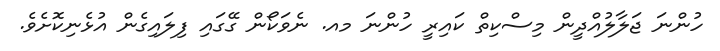
ހުންނަ ޖަލާލުއްދީން މިސްކިތް ކައިރީ ހުންނަ މއ. ނެވަކޯން ގޭގައި ފިލައިގެން އުޅެނިކޮށެވެ.